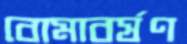
বোমাবর্ষণ